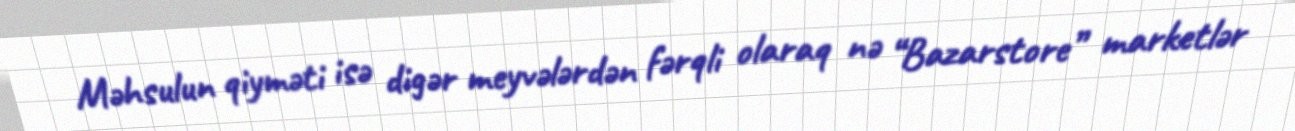
Məhsulun qiyməti isə digər meyvələrdən fərqli olaraq nə “Bazarstore” marketlər